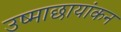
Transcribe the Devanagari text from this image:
उष्माछायांकन